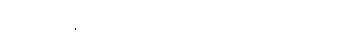
ရပ်စ်ကိုလ်နီကော့ဗ် နံရံဘက်သို့ လှည့်လိုက်ပြန်သည်။